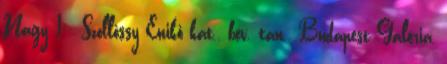
Nagy I.: Szöllőssy Enikő kat., bev. tan., Budapest Galéria,